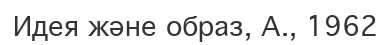
Идея және образ, А., 1962